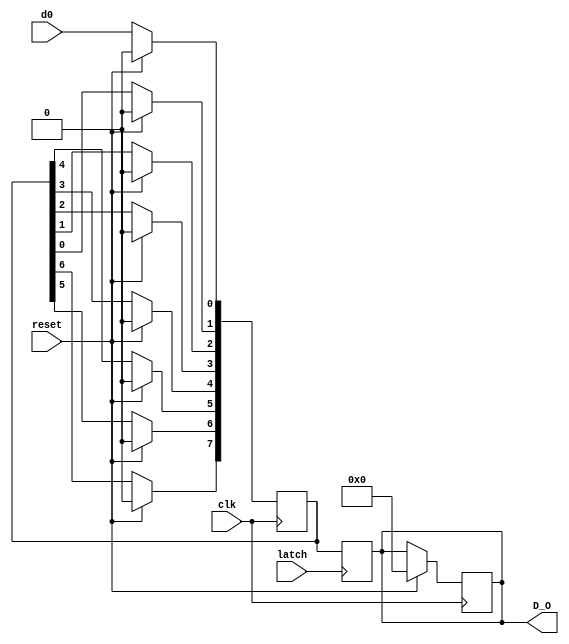
`timescale 1ns / 1ps
//////////////////////////////////////////////////////////////////////////////////
// Company: 
// Engineer: 
// 
// Design Name: 
// Module Name:    ShiftReg 
// Project Name: 
// Target Devices: 
// Tool versions: 
// Description: 
//
// Dependencies: 
//
// Revision: 
// Revision 0.01 - File Created
// Additional Comments: 
//
//////////////////////////////////////////////////////////////////////////////////
module ShiftReg(
    input clk,
	 input latch,
	 input reset,
	 input d0,
	 output reg [7:0] D_O
	 );

reg [7:0] D;
initial
	begin
	D=8'b0;
	D_O=8'b0;
	end
always @(posedge clk)
	begin
		if(reset==1)
			begin
			D <= 8'b0;
			D_O <= 8'b0;
			end
		else
			begin
						D[0]<=d0;
						D[1]<=D[0];
						D[2]<=D[1];
						D[3]<=D[2];
						D[4]<=D[3];
						D[5]<=D[4];
						D[6]<=D[5];
						D[7]<=D[6];
			end
	end
always @(posedge latch)
begin
D_O <= D ;
end


endmodule